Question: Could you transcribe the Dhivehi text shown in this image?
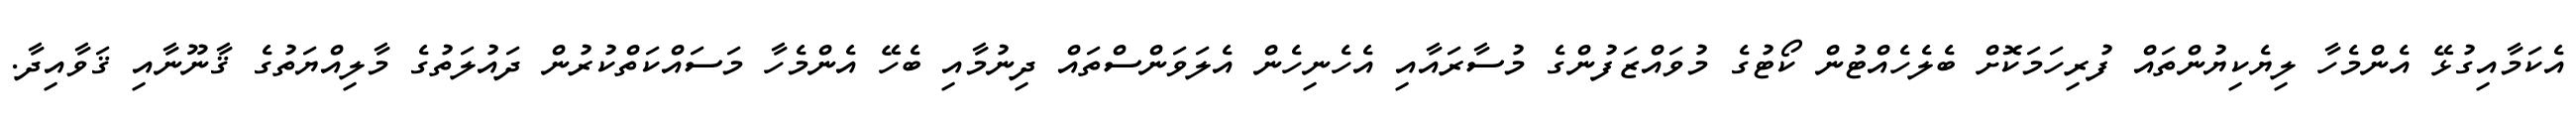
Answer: އެކަމާއިގުޅޭ އެންމެހާ ލިޔެކިޔުންތައް ފުރިހަމަކޮށް ބެލެހެއްޓުން ކޯޓުގެ މުވައްޒަފުންގެ މުސާރައާއި އެހެނިހެން އެލަވަންސްތައް ދިނުމާއި ބެހޭ އެންމެހާ މަސައްކަތްކުރުން ދައުލަތުގެ މާލިއްޔަތުގެ ޤާނޫނާއި ޤަވާއިދާ.